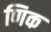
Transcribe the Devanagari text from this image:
णिक